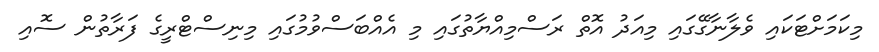
މިކަމަށްޓަކައި ވެލާނާގޭގައި މިއަދު އޮތް ރަސްމިއްޔާތުގައި މި އެއްބަސްވުމުގައި މިނިސްޓްރީގެ ފަރާތުން ސޮއި